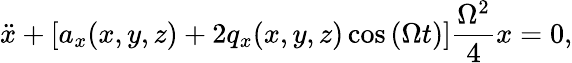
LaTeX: \ddot{x}+\left[a_{x}(x,y,z)+2q_{x}(x,y,z)\cos\left(\Omega t\right)\right]\frac{\Omega^{2}}{4}x=0,